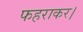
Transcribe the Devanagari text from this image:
फहराकर।